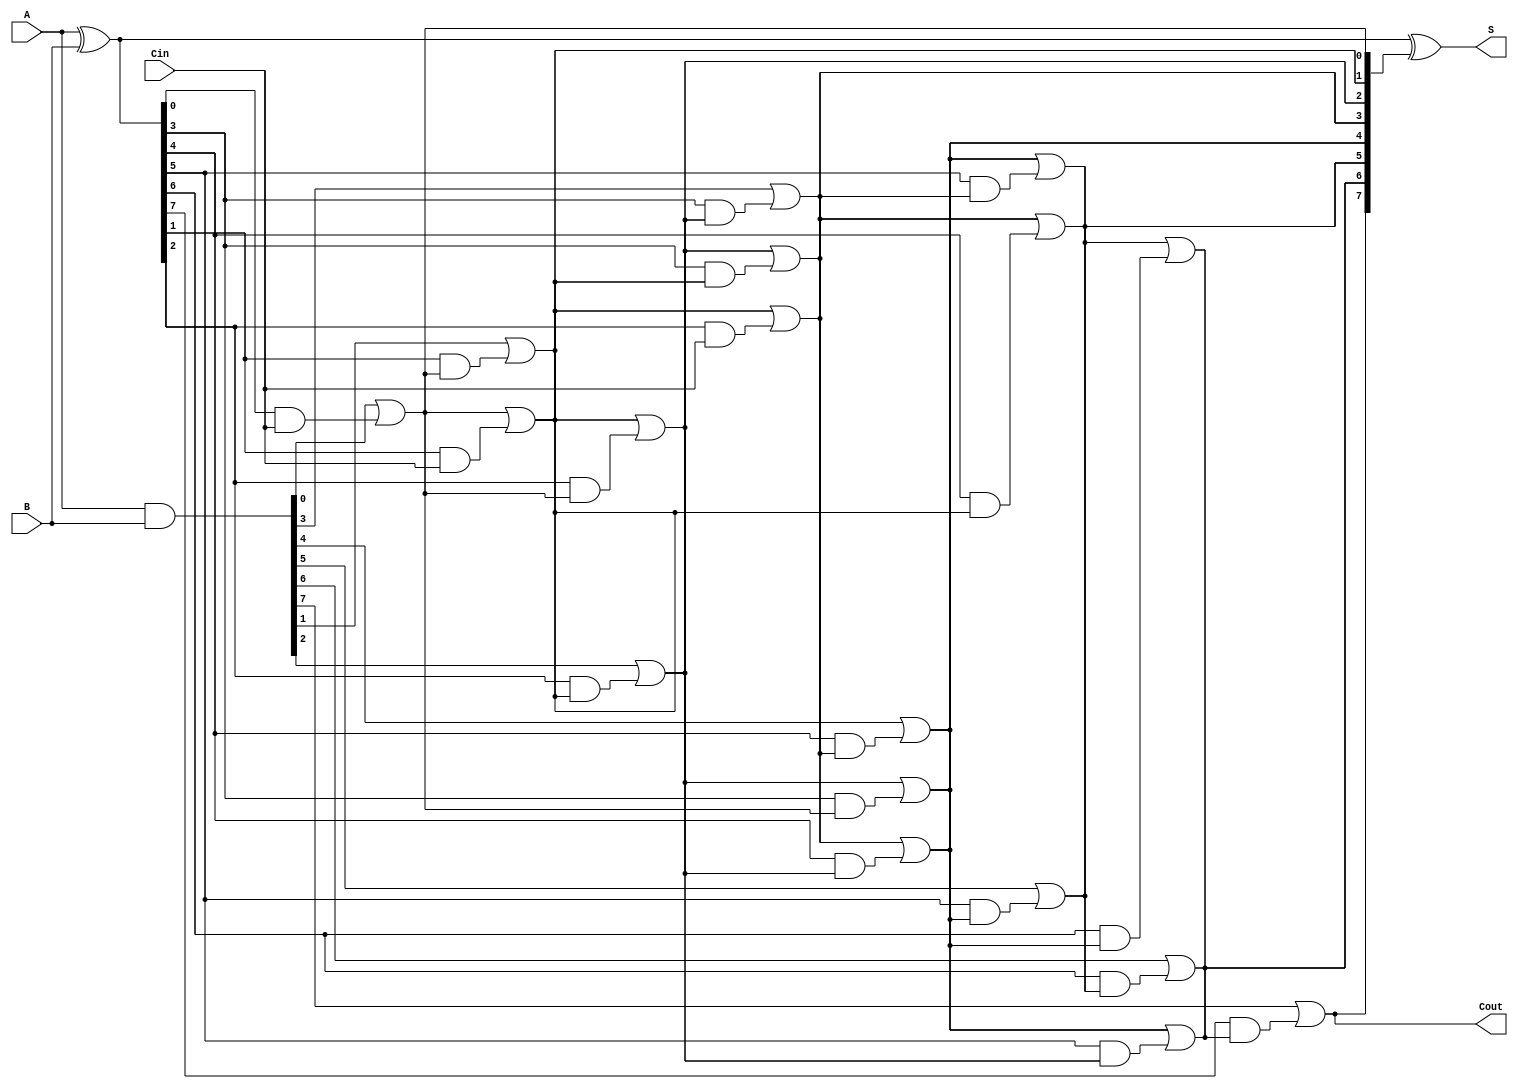
module brent_kung_adder #(parameter N = 8) (
    input  [N-1:0] A,     // First operand
    input  [N-1:0] B,     // Second operand
    input         Cin,     // Carry-in
    output [N-1:0] S,     // Sum output
    output        Cout     // Carry-out
);

    wire [N-1:0] G;       // Generate signals
    wire [N-1:0] P;       // Propagate signals
    wire [N:0] C;         // Carry signals (C[0] = Cin)

    // Generate and propagate calculations
    assign G = A & B;       // Generate
    assign P = A ^ B;       // Propagate

    // Initial carry
    assign C[0] = Cin;

    // Carry computation using Brent-Kung structure
    genvar i, j;
    generate
        // First stage
        for (i = 0; i < N; i = i + 1) begin
            if (i == 0) begin
                assign C[i + 1] = G[i] | (P[i] & C[i]);
            end else begin
                assign C[i + 1] = G[i] | (P[i] & C[i]);
            end
        end
        
        // Remaining stages (log2(N) levels)
        for (j = 1; j < $clog2(N); j = j + 1) begin
            for (i = 0; i < N - (1 << j); i = i + 1) begin
                assign C[i + (1 << j)] = C[i + (1 << (j - 1))] | (P[i + (1 << (j - 1))] & C[i]);
            end
        end
    endgenerate

    // Sum computation
    assign S = P ^ C[N:1]; // Final sum bits
    assign Cout = C[N];    // Final carry-out

endmodule